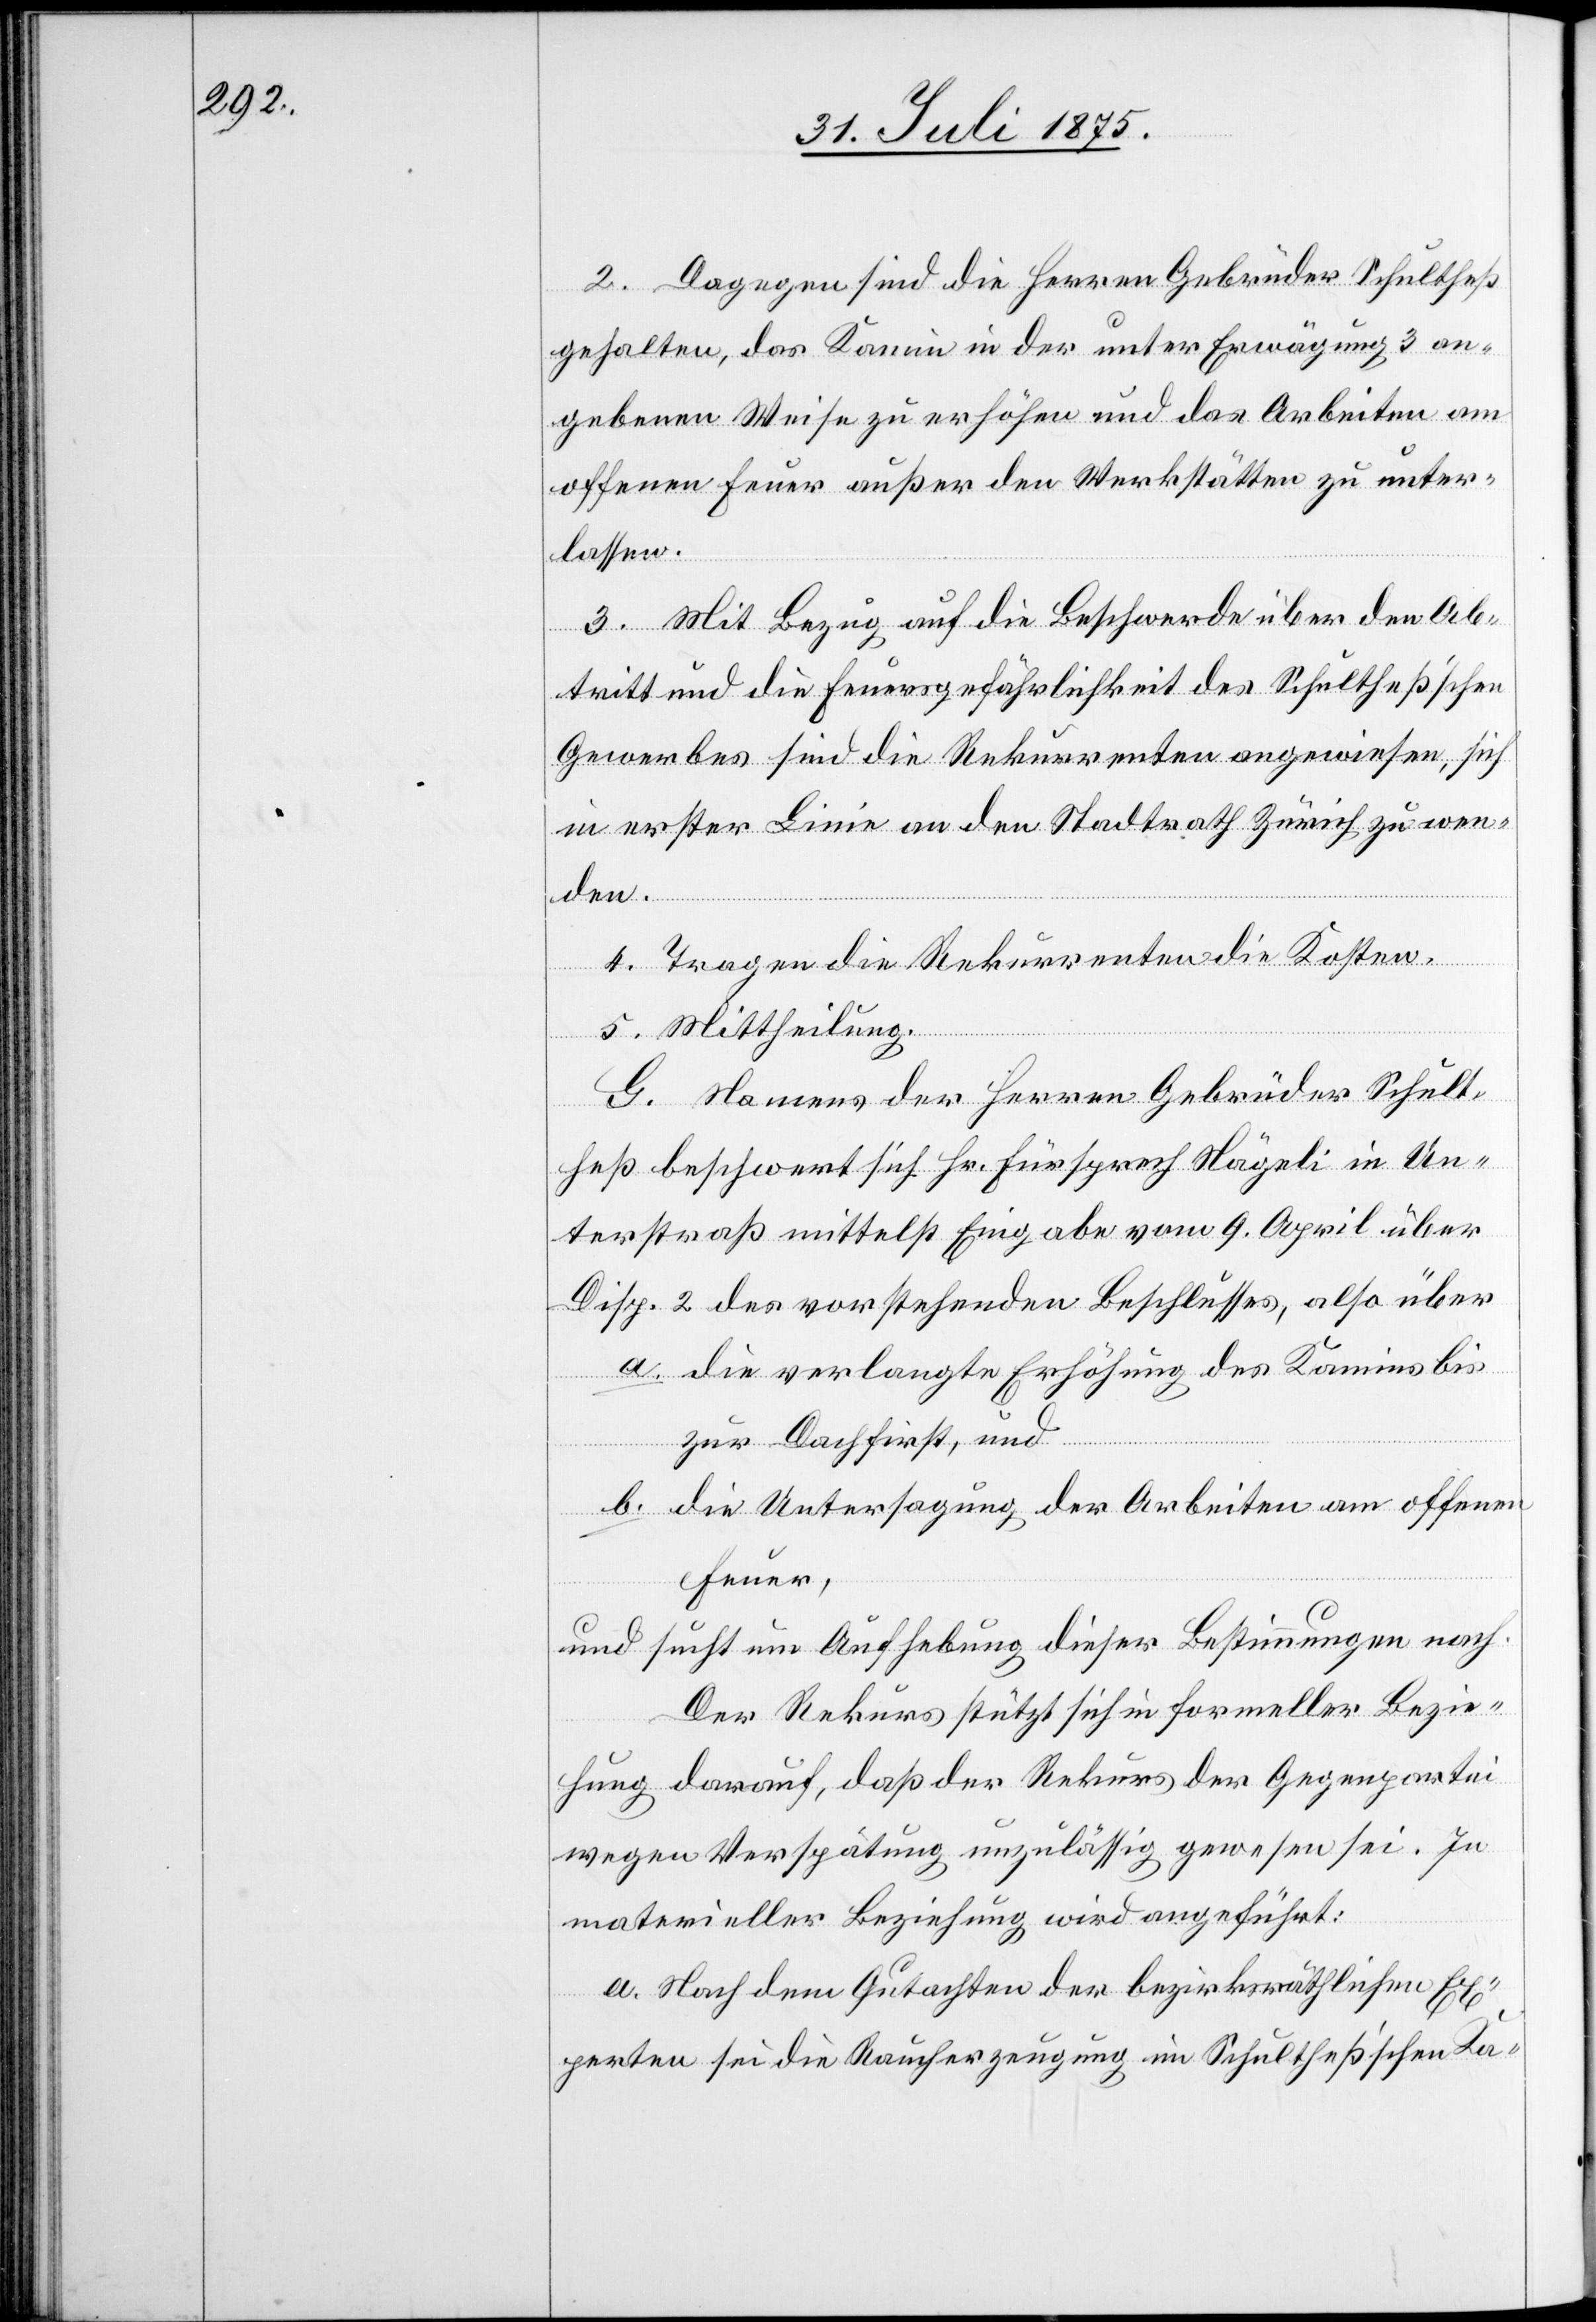
2. Dagegen sind die Herren Gebrüder Schultheß
gehalten, das Kamin in der unter Erwägung 3 an¬
gebenen Weise zu erhöhen und das Arbeiten am
offenen Feuer außer den Werkstätten zu unter¬
lassen.
3. Mit Bezug auf die Beschwerde über den Ab¬
tritt und die Feuersgefährlichkeit des Schultheß’schen
Gewerbes sind die Rekurrenten angewiesen, sich
in erster Linie an den Stadtrath Zürich zu wen¬
den.
4. Tragen die Rekurrenten die Kosten.
5. Mittheilung.
G. Namens der Herren Gebrüder Schult¬
heß beschwert sich Hr. Fürsprech Nägeli in Un¬
terstraß mittelst Eingabe vom 9. April über
Disp. 2 des vorstehenden Beschlusses, also über
a. die verlangte Erhöhung des Kamins bis
ge¬
zur Dachfirst, und
b. die Untersagung der Arbeiten am offenen
Feuer,
und sucht um Aufhebung dieser Bestimmungen nach.
Der Rekurs stützt sich in formeller Bezie¬
hung darauf, daß der Rekurs der Gegenpartei
wegen Verspätung unzulässig gewesen sei. In
materieller Beziehung wird angeführt:
a. Nach dem Gutachten der bezirksräthlichen Ex¬
perten sei die Raucherzeugung im Schultheß’schen Ka-